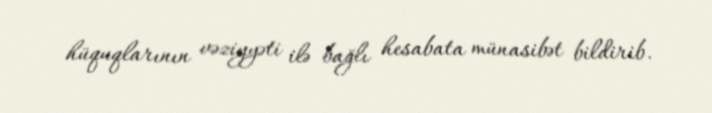
hüquqlarının vəziyyəti ilə bağlı hesabata münasibət bildirib.